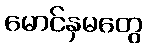
မောင်နှမတွေ